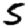
Digit: 5